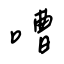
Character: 嘈